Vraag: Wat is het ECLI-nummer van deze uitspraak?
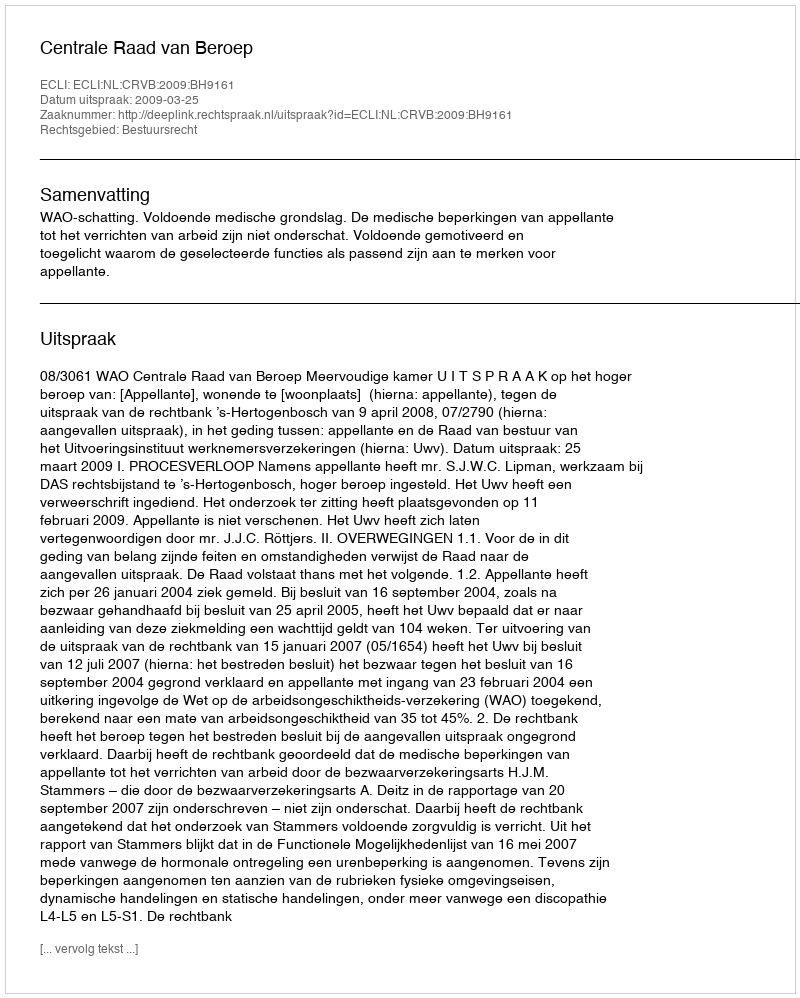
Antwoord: ECLI:NL:CRVB:2009:BH9161